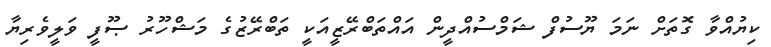
ކިޔުއްވާ ގޮތަށް ނަމަ ޔޫސުފް ޝަމްސުއްދީން އައްތަބްރޭޒީއަކީ ތަބްރޭޒުގެ މަޝްހޫރު ޞޫފީ ވަލީވެރިޔާ